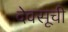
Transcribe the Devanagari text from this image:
देवसूची